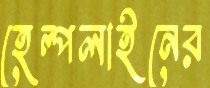
হেল্পলাইনের